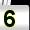
Digit: 5